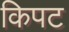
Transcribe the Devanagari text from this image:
किपट